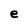
Character: e